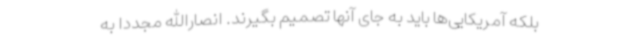
بلکه آمریکایی‌ها باید به جای آنها تصمیم بگیرند. انصارالله مجددا به